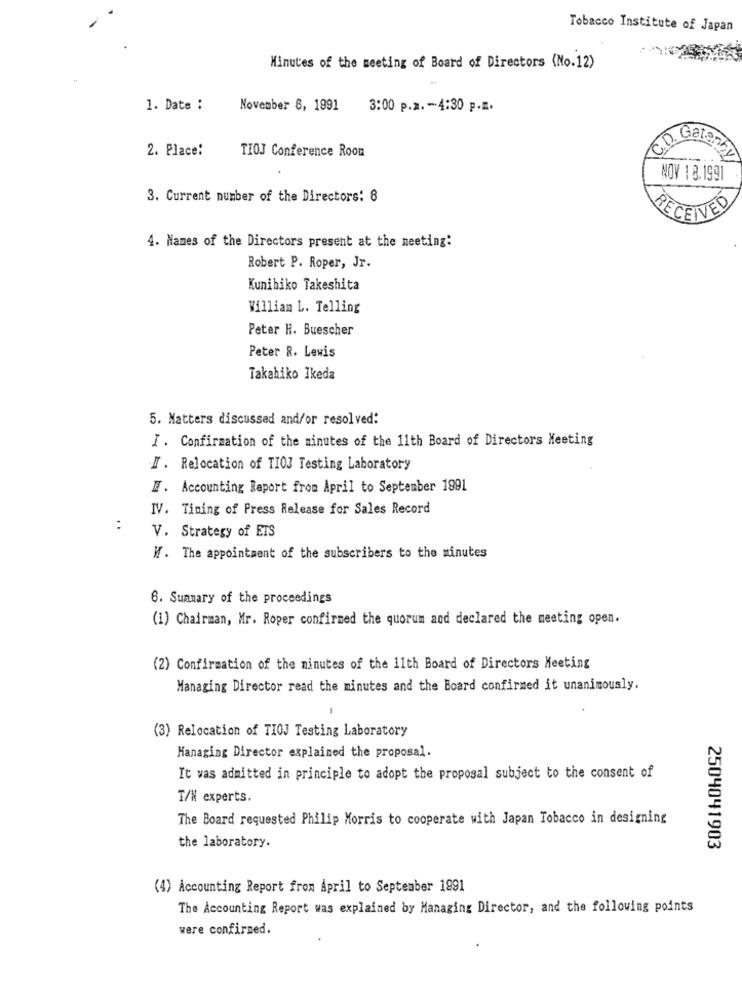
Tobacco Institute of Japan
Minutes of the meeting of Board of Directors (No.12)
1. Date :
November 8, 1991
3:00 р.д. - 4:30 р. д.
2. Place:
TIOJ Conference Room
FV
NOV 1 8,199
3. Current number of the Directors: 8
RECEIVED
4. Names of the Directors present at the meeting:
Robert P. Roper, Jr.
Kunihiko Takeshita
William L. Telling
Peter H. Buescher
Peter R. Lewis
Takahiko Ikeda
5. Matters discussed and/or resolved:
I. Confirmation of the minutes of the 11th Board of Directors Meeting
I. Relocation of TIOJ Testing Laboratory
F. Accounting Report from April to September 1991
IV. Timing of Press Release for Sales Record
:
V. Strategy of ETS
W. The appointment of the subscribers to the minutes
6. Summary of the proceedings
(1) Chairman, Mr. Roper confirmed the quorum and declared the meeting open.
(2) Confirmation of the minutes of the 11th Board of Directors Meeting
Managing Director read the minutes and the Board confirmed it unanimously.
-
(3) Relocation of TIOJ Testing Laboratory
Managing Director explained the proposal.
It was admitted in principle to adopt the proposal subject to the consent of
T/N experts.
The Board requested Philip Morris to cooperate with Japan Tobacco in designing
the laboratory.
2504041903
(4) Accounting Report from April to September 1991
The Accounting Report was explained by Managing Director, and the following points
were confirmed.